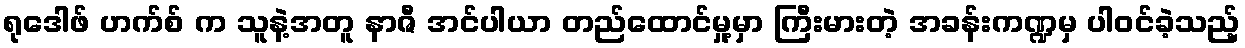
ရုဒေါဖ် ဟက်စ် က သူနဲ့အတူ နာဇီ အင်ပါယာ တည်ထောင်မှု့မှာ ကြီးမားတဲ့ အခန်းကဏ္ဍမှ ပါဝင်ခဲ့သည့်